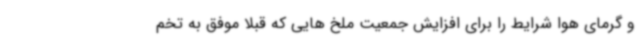
و گرمای هوا شرایط را برای افزایش جمعیت ملخ هایی که قبلا موفق به تخم